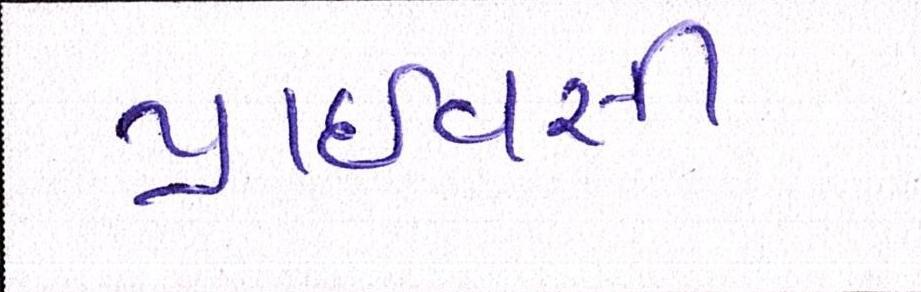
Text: પ્રાઈવસી